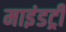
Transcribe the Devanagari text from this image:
माइंडट्री